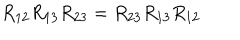
LaTeX: R _ { 1 2 } R _ { 1 3 } R _ { 2 3 } = R _ { 2 3 } R _ { 1 3 } R _ { 1 2 }